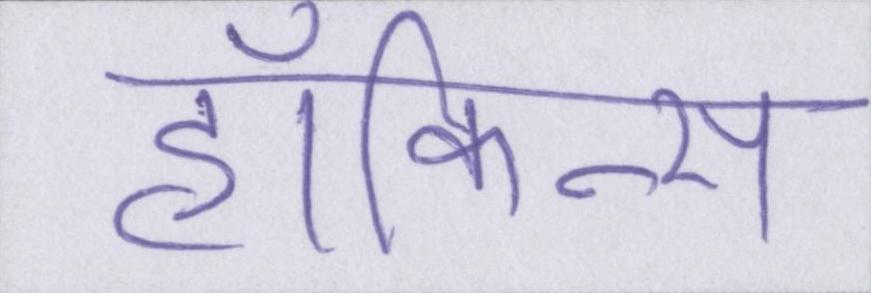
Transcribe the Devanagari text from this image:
हॉकिन्स